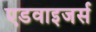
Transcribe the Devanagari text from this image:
एडवाइजर्स